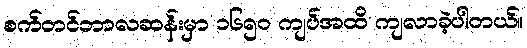
စက်တင်ဘာလဆန်းမှာ ၁၆၅ဝ ကျပ်အထိ ကျလာခဲ့ပါတယ်။